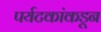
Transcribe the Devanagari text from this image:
पर्यटकांकडून